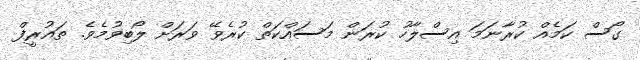
ގޯސް ކަމެއް ކުރާނަމަ އިސްލާހު ކުރަން މަސައްކަތް ކުރެވޭ ވަރަށް ލޯބިވުމެވެ. ތައުރީފް